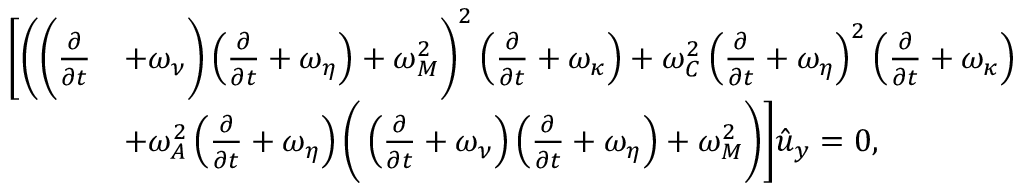
\begin{array} { r l } { \bigg [ \bigg ( \bigg ( \frac { \partial } { \partial { t } } } & { + \omega _ { \nu } \bigg ) \left( \frac { \partial } { \partial { t } } + \omega _ { \eta } \right) + \omega _ { M } ^ { 2 } \bigg ) ^ { 2 } \left( \frac { \partial } { \partial { t } } + \omega _ { \kappa } \right) + \omega _ { C } ^ { 2 } \left( \frac { \partial } { \partial { t } } + \omega _ { \eta } \right) ^ { 2 } \left( \frac { \partial } { \partial { t } } + \omega _ { \kappa } \right) } \\ & { + \omega _ { A } ^ { 2 } \left( \frac { \partial } { \partial { t } } + \omega _ { \eta } \right) \bigg ( \left( \frac { \partial } { \partial { t } } + \omega _ { \nu } \right) \left( \frac { \partial } { \partial { t } } + \omega _ { \eta } \right) + \omega _ { M } ^ { 2 } \bigg ) \bigg ] \hat { u } _ { y } = 0 , } \end{array}